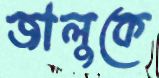
জালুকে